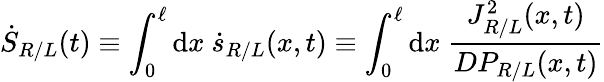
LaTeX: \dot{S}_{R/L}(t)\equiv\int_{0}^{\ell}\mathrm{d}x~\dot{s}_{R/L}(x,t)\equiv\int_{0}^{\ell}\mathrm{d}x~\frac{J_{R/L}^{2}(x,t)}{DP_{R/L}(x,t)}